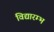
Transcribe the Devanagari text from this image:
विद्यारम्भ